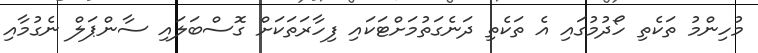
މުހިންމު ތަކެތި ހޯދުމުގައި އެ ތަކެތި ދަނެގަތުމަށްޓަކައި ފިހާރަތަކަށް ގޮސްބަލައި ސާންޕަލް ނެގުމާއި